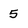
Character: 5